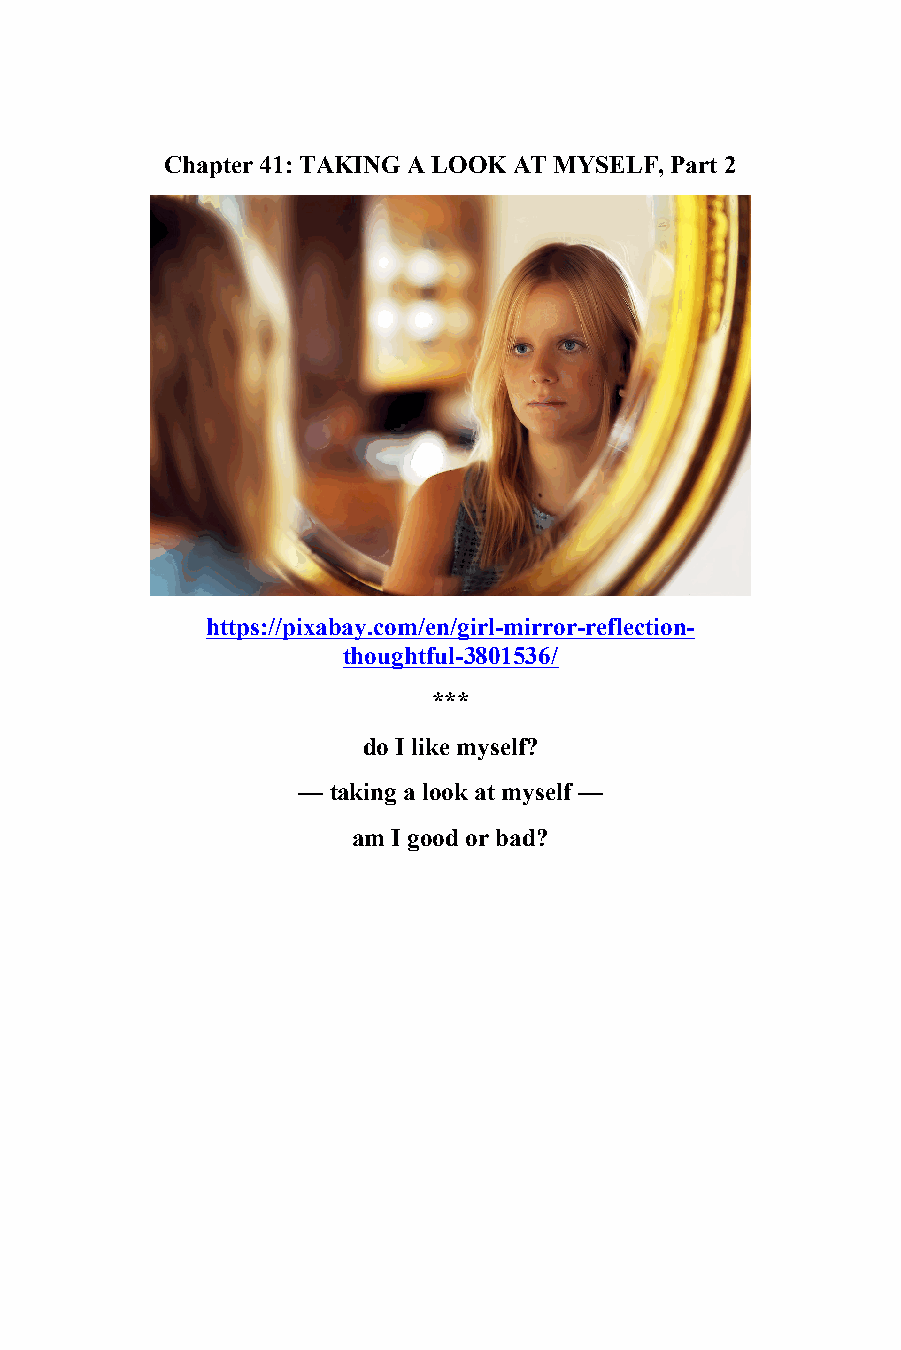
41
 Chapter 41: TAKING A LOOK AT MYSELF, Part 2
 https://pixabay.com/en/girl-mirror-reflection-
 thoughtful-3801536/
 ***
 do I like myself?
 — taking a look at myself —
 am I good or bad?